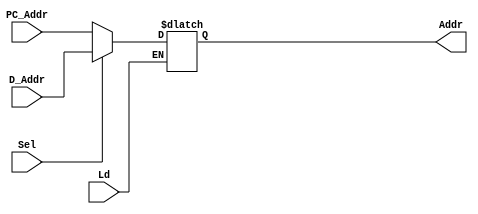
`timescale 1ns / 1ps

module MemoryAddressSelector(Ld, Sel, PC_Addr, D_Addr, Addr);
    input Ld;
    input Sel;
    input wire [7:0] PC_Addr, D_Addr;
    output reg [7:0] Addr;
    
    
    always @(*) begin
        if(Ld == 1) begin
            case(Sel)
                1'b0: Addr <= PC_Addr;
                1'b1: Addr <= D_Addr;
            endcase
        end
    end
    
    
endmodule